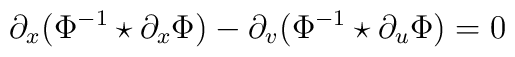
\partial_x(\Phi^{-1}\star\partial_x\Phi)-\partial_v(\Phi^{-1}\star\partial_u\Phi)=0